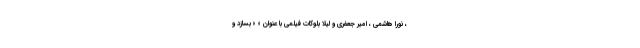
، نورا هاشمی ، امیر جعفری و لیلا بلوکات فیلمی با عنوان « » بسازد و